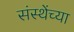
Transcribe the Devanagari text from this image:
संस्थेंच्या